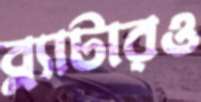
ব্ল্যাটারও